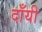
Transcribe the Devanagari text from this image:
दाँयी